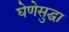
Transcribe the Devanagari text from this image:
घेणेसुद्घा